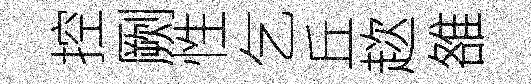
控劂性乞丘趑雒